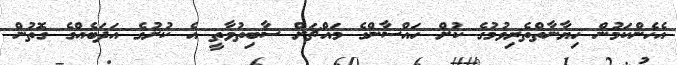
އެހެންކަމުން ހިޔާނާތްތެރިވުމުގެ ކުށް ހައްސާންގެ މައްޗަށް ސާބިތުވާތީ އެ ކުށުގެ އަދަބެއްގެ ގޮތުން